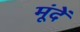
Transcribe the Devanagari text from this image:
मूंदें